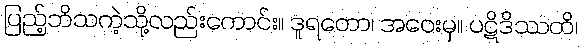
ပြည့်ဘိသကဲ့သို့လည်းကောင်း။ ဒူရတော၊ အဝေးမှ။ ပဋိဒိဿတိ၊